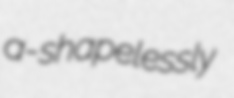
a- shapelessly